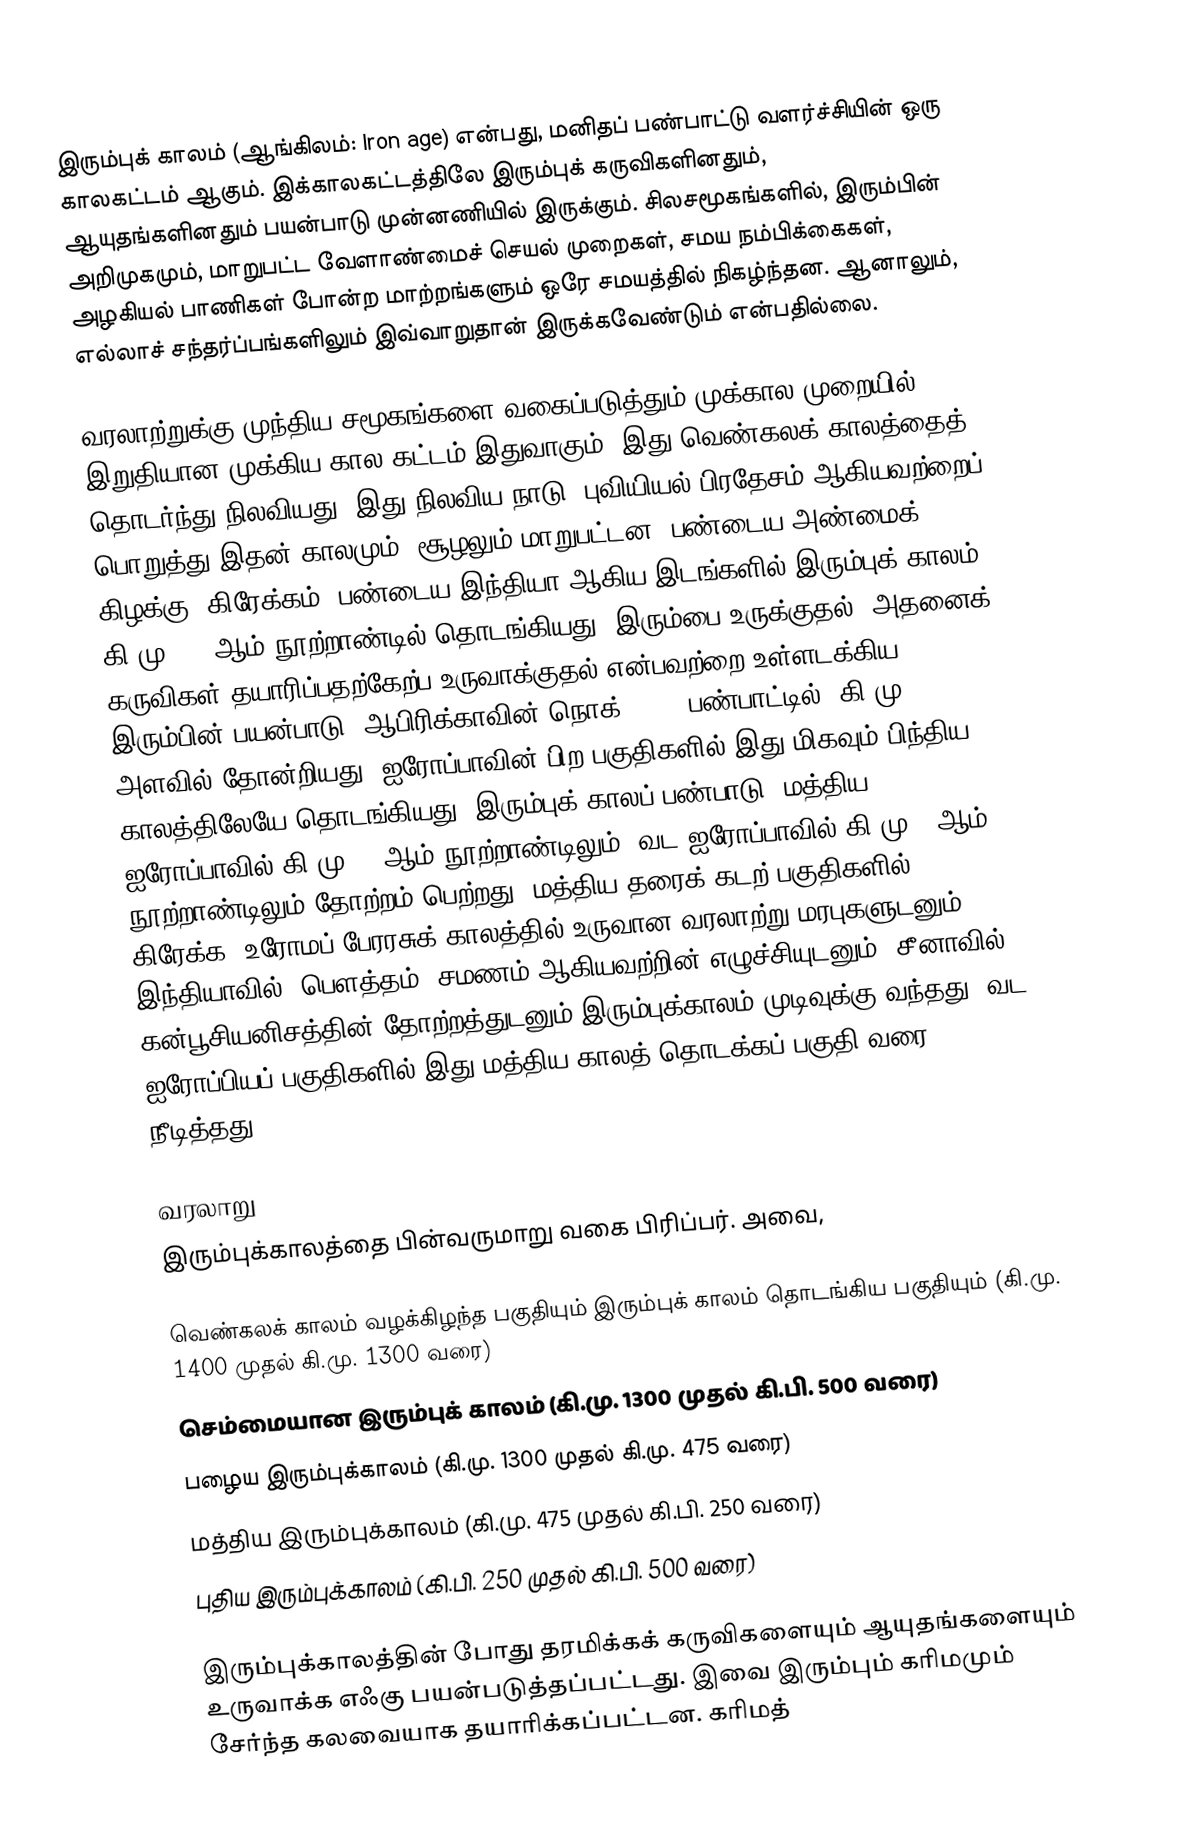
இரும்புக் காலம் (ஆங்கிலம்: Iron age) என்பது, மனிதப் பண்பாட்டு வளர்ச்சியின் ஒரு காலகட்டம் ஆகும். இக்காலகட்டத்திலே இரும்புக் கருவிகளினதும், ஆயுதங்களினதும் பயன்பாடு முன்னணியில் இருக்கும். சிலசமூகங்களில், இரும்பின் அறிமுகமும், மாறுபட்ட வேளாண்மைச் செயல் முறைகள், சமய நம்பிக்கைகள், அழகியல் பாணிகள் போன்ற மாற்றங்களும் ஒரே சமயத்தில் நிகழ்ந்தன. ஆனாலும், எல்லாச் சந்தர்ப்பங்களிலும் இவ்வாறுதான் இருக்கவேண்டும் என்பதில்லை.

வரலாற்றுக்கு முந்திய சமூகங்களை வகைப்படுத்தும் முக்கால முறையில் இறுதியான முக்கிய கால கட்டம் இதுவாகும். இது வெண்கலக் காலத்தைத் தொடர்ந்து நிலவியது. இது நிலவிய நாடு, புவியியல் பிரதேசம் ஆகியவற்றைப் பொறுத்து இதன் காலமும், சூழலும் மாறுபட்டன. பண்டைய அண்மைக் கிழக்கு, கிரேக்கம், பண்டைய இந்தியா ஆகிய இடங்களில் இரும்புக் காலம் கி.மு. 12 ஆம் நூற்றாண்டில் தொடங்கியது. இரும்பை உருக்குதல், அதனைக் கருவிகள் தயாரிப்பதற்கேற்ப உருவாக்குதல் என்பவற்றை உள்ளடக்கிய இரும்பின் பயன்பாடு, ஆபிரிக்காவின் நொக் (Nok) பண்பாட்டில், கி.மு 1200 அளவில் தோன்றியது. ஐரோப்பாவின் பிற பகுதிகளில் இது மிகவும் பிந்திய காலத்திலேயே தொடங்கியது. இரும்புக் காலப் பண்பாடு, மத்திய ஐரோப்பாவில் கி.மு. 8 ஆம் நூற்றாண்டிலும், வட ஐரோப்பாவில் கி.மு 6 ஆம் நூற்றாண்டிலும் தோற்றம் பெற்றது. மத்திய தரைக் கடற் பகுதிகளில், கிரேக்க, உரோமப் பேரரசுக் காலத்தில் உருவான வரலாற்று மரபுகளுடனும், இந்தியாவில், பௌத்தம், சமணம் ஆகியவற்றின் எழுச்சியுடனும், சீனாவில் கன்பூசியனிசத்தின் தோற்றத்துடனும் இரும்புக்காலம் முடிவுக்கு வந்தது. வட ஐரோப்பியப் பகுதிகளில் இது மத்திய காலத் தொடக்கப் பகுதி வரை நீடித்தது.

வரலாறு
இரும்புக்காலத்தை பின்வருமாறு வகை பிரிப்பர். அவை,

 வெண்கலக் காலம் வழக்கிழந்த பகுதியும் இரும்புக் காலம் தொடங்கிய பகுதியும் (கி.மு. 1400 முதல் கி.மு. 1300 வரை)
 செம்மையான இரும்புக் காலம் (கி.மு. 1300 முதல் கி.பி. 500 வரை)
 பழைய இரும்புக்காலம் (கி.மு. 1300 முதல் கி.மு. 475 வரை)
 மத்திய இரும்புக்காலம் (கி.மு. 475 முதல் கி.பி. 250 வரை)
 புதிய இரும்புக்காலம் (கி.பி. 250 முதல் கி.பி. 500 வரை)

இரும்புக்காலத்தின் போது தரமிக்கக் கருவிகளையும் ஆயுதங்களையும் உருவாக்க எஃகு பயன்படுத்தப்பட்டது. இவை இரும்பும் கரிமமும் சேர்ந்த கலவையாக தயாரிக்கப்பட்டன. கரிமத்